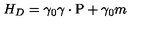
H _ { D } = \gamma _ { 0 } \mathrm { \boldmath \gamma \cdot P } + \gamma _ { 0 } m